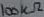
Text: 100KΩ